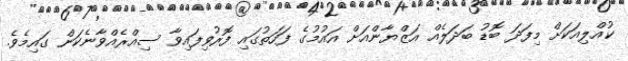
ކުއްލިއަކަށް މިފަދަ ބޮޑު ބަދަލެއް އަޒްޔާންއަށް އައުމުގެ ފަހަތުގައި ފޮރުވިފައިވާ ސިއްރެއްވާނެކަން ގައިމެވެ.